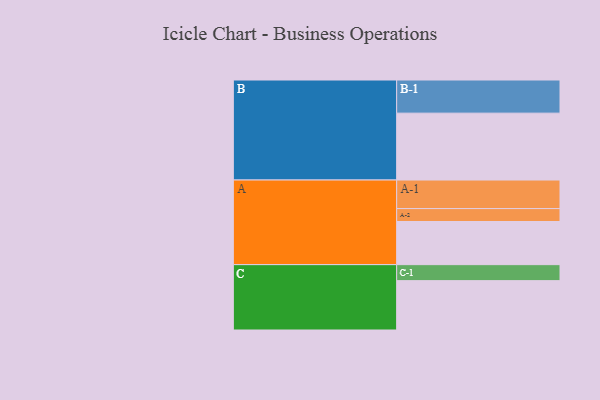
{"axis": {"x": "Segment", "y": "Value"}, "legend": ["", "A", "B", "C"], "data": [{"x": "A", "y": 367, "type": ""}, {"x": "B", "y": 569, "type": ""}, {"x": "C", "y": 420, "type": ""}, {"x": "A-1", "y": 243, "type": "A"}, {"x": "A-2", "y": 110, "type": "A"}, {"x": "B-1", "y": 282, "type": "B"}, {"x": "C-1", "y": 136, "type": "C"}]}